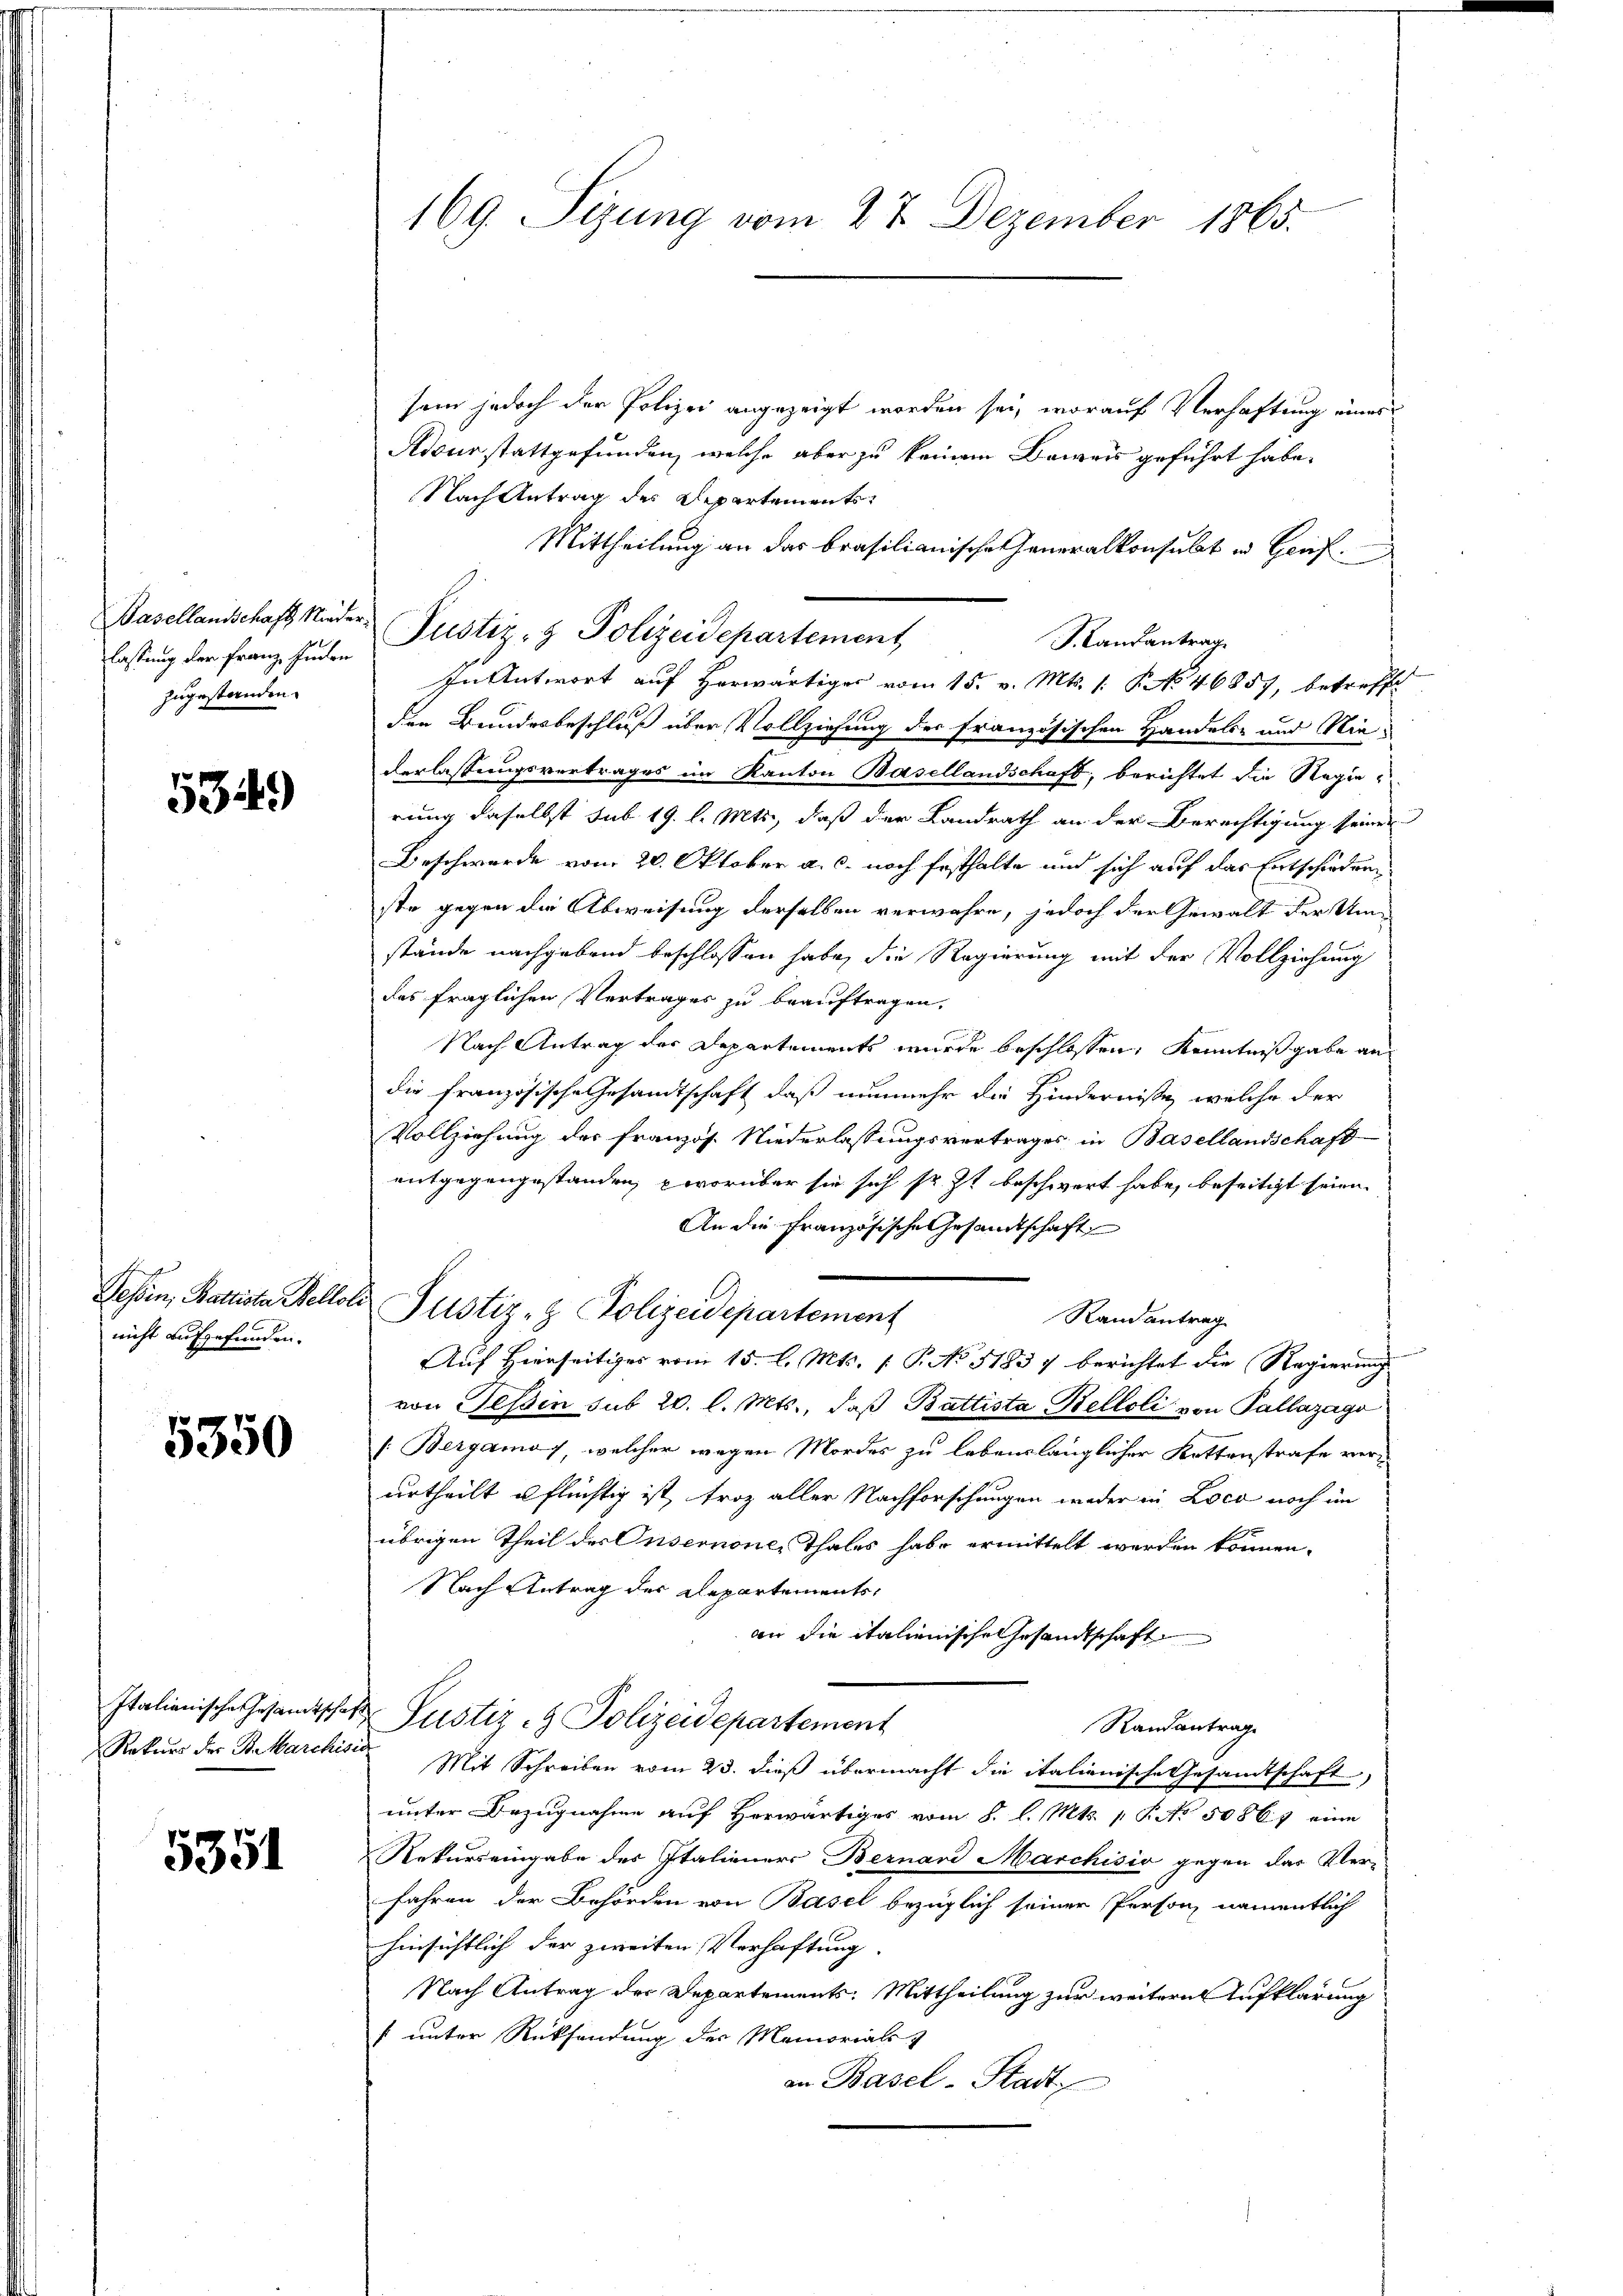
lassung der Franz, inden
zugestanden.

5349

nicht aufgefunden.

5350

5351

169. Sizung vom 27. Dezember 1865.

sein jedoch der Polizei angezeigt worden sei, worauf Verhaftung eines
Nidurstattgefunden, welche aber zu keinem Beweis geführt habe.
Nach Antrag des Departements¬
Mittheilung an das brasilianische Generalkonsulat in Genf.
SLandantrag.
In Antwort auf herwärtiger vom 15. v. Mts. 1. No 46857, betreffe
den Bundesbeschluß über Vollziehung der französischen Handels- und Niederlassungsvertrages im Kanton Basellandschaft, berichtet die Regie
rung daselbst sub 19. l. Mts., daß der Landrath an der Berechtigung seiner
Beschwerde vom 20. Oktober a. c. noch festhalte und sich auf das Entschiedung
ste gegen die Abweisung derselben verwahre, jedoch der Gewalt der Umstände nachgebend beschlossen habe, die Regierung mit der Vollziehung
des fraglichen Vertrages zu beauftragen.
Nach Antrag der Departements wurde beschlossen, Kenntnißgabe andie französische Gesandtschaft, daß nunmehr die Hindernisse, welche der
Vollziehung der Französ. Niederlassungsvertrages in Basellandschaft
entgegengestanden, worüber sie sich sr. Zt beschwert habe, beseitigt seien.
An die Französische Gesandtschaft
Tessin, Rattiste Mellose Pustiz- & Polizeidepartement
Randantrag
Auf Hierseitiges vom 15. l. Mts. (T. No 51837 berichtet die Regierung
von Tessin sub 20. l. Mts., daß Battista Belloli von Pallazago
[: Bergamos, welcher wegen Mordes zu lebenslänglicher Kattenstrafe verurtheilt u flüchtig ist, troz aller Nachforschungen weder in Loca noch im
F
übrigen Theil des Unsernone, Thales habe ermittelt werden können.
Nach Antrag des Repartements,
an die italienische Gesandtschaft
Italienisches Gesandtsche Justiz & Polizeidepartement
Randantrage
Rekurs der Beharchises Mit Schreiben vom 23. dieß übermacht die italienische Gesandtschaft
unter Bezugnahme auf herwärtiges vom 8. l. Mts. 1 S. Nr. 50867 eine
Rekurs eingabe des Italieners Bernand Marchisio gegen das Ver-
fahren der Behörden von Basel bezüglich seiner Person namentlich
hinsichtlich der zweiten Verhaftung. |
Nach Antrag der Departements. Mittheilung zur weitere Aufklärung
s unter Rücksendung des Memoriali
an Basel-Stadt,

Dasellandschaft Nieder Pustiz- & Polizeidepartement